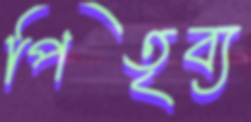
পিতৃব্য